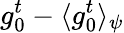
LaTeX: g_{0}^{t}-\langle g_{0}^{t}\rangle_{\psi}